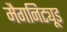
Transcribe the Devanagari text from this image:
मैगनिट्यूड